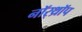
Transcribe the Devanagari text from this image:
नॉर्‌थ्रॉप